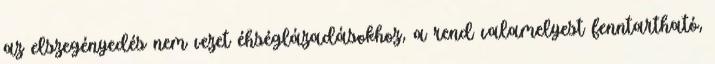
az elszegényedés nem vezet éhséglázadásokhoz, a rend valamelyest fenntartható,